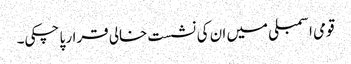
قومی اسمبلی میں ان کی نشست خالی قرار پا چکی۔